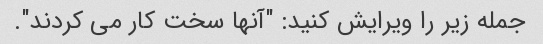
جمله زیر را ویرایش کنید: "آنها سخت کار می کردند".